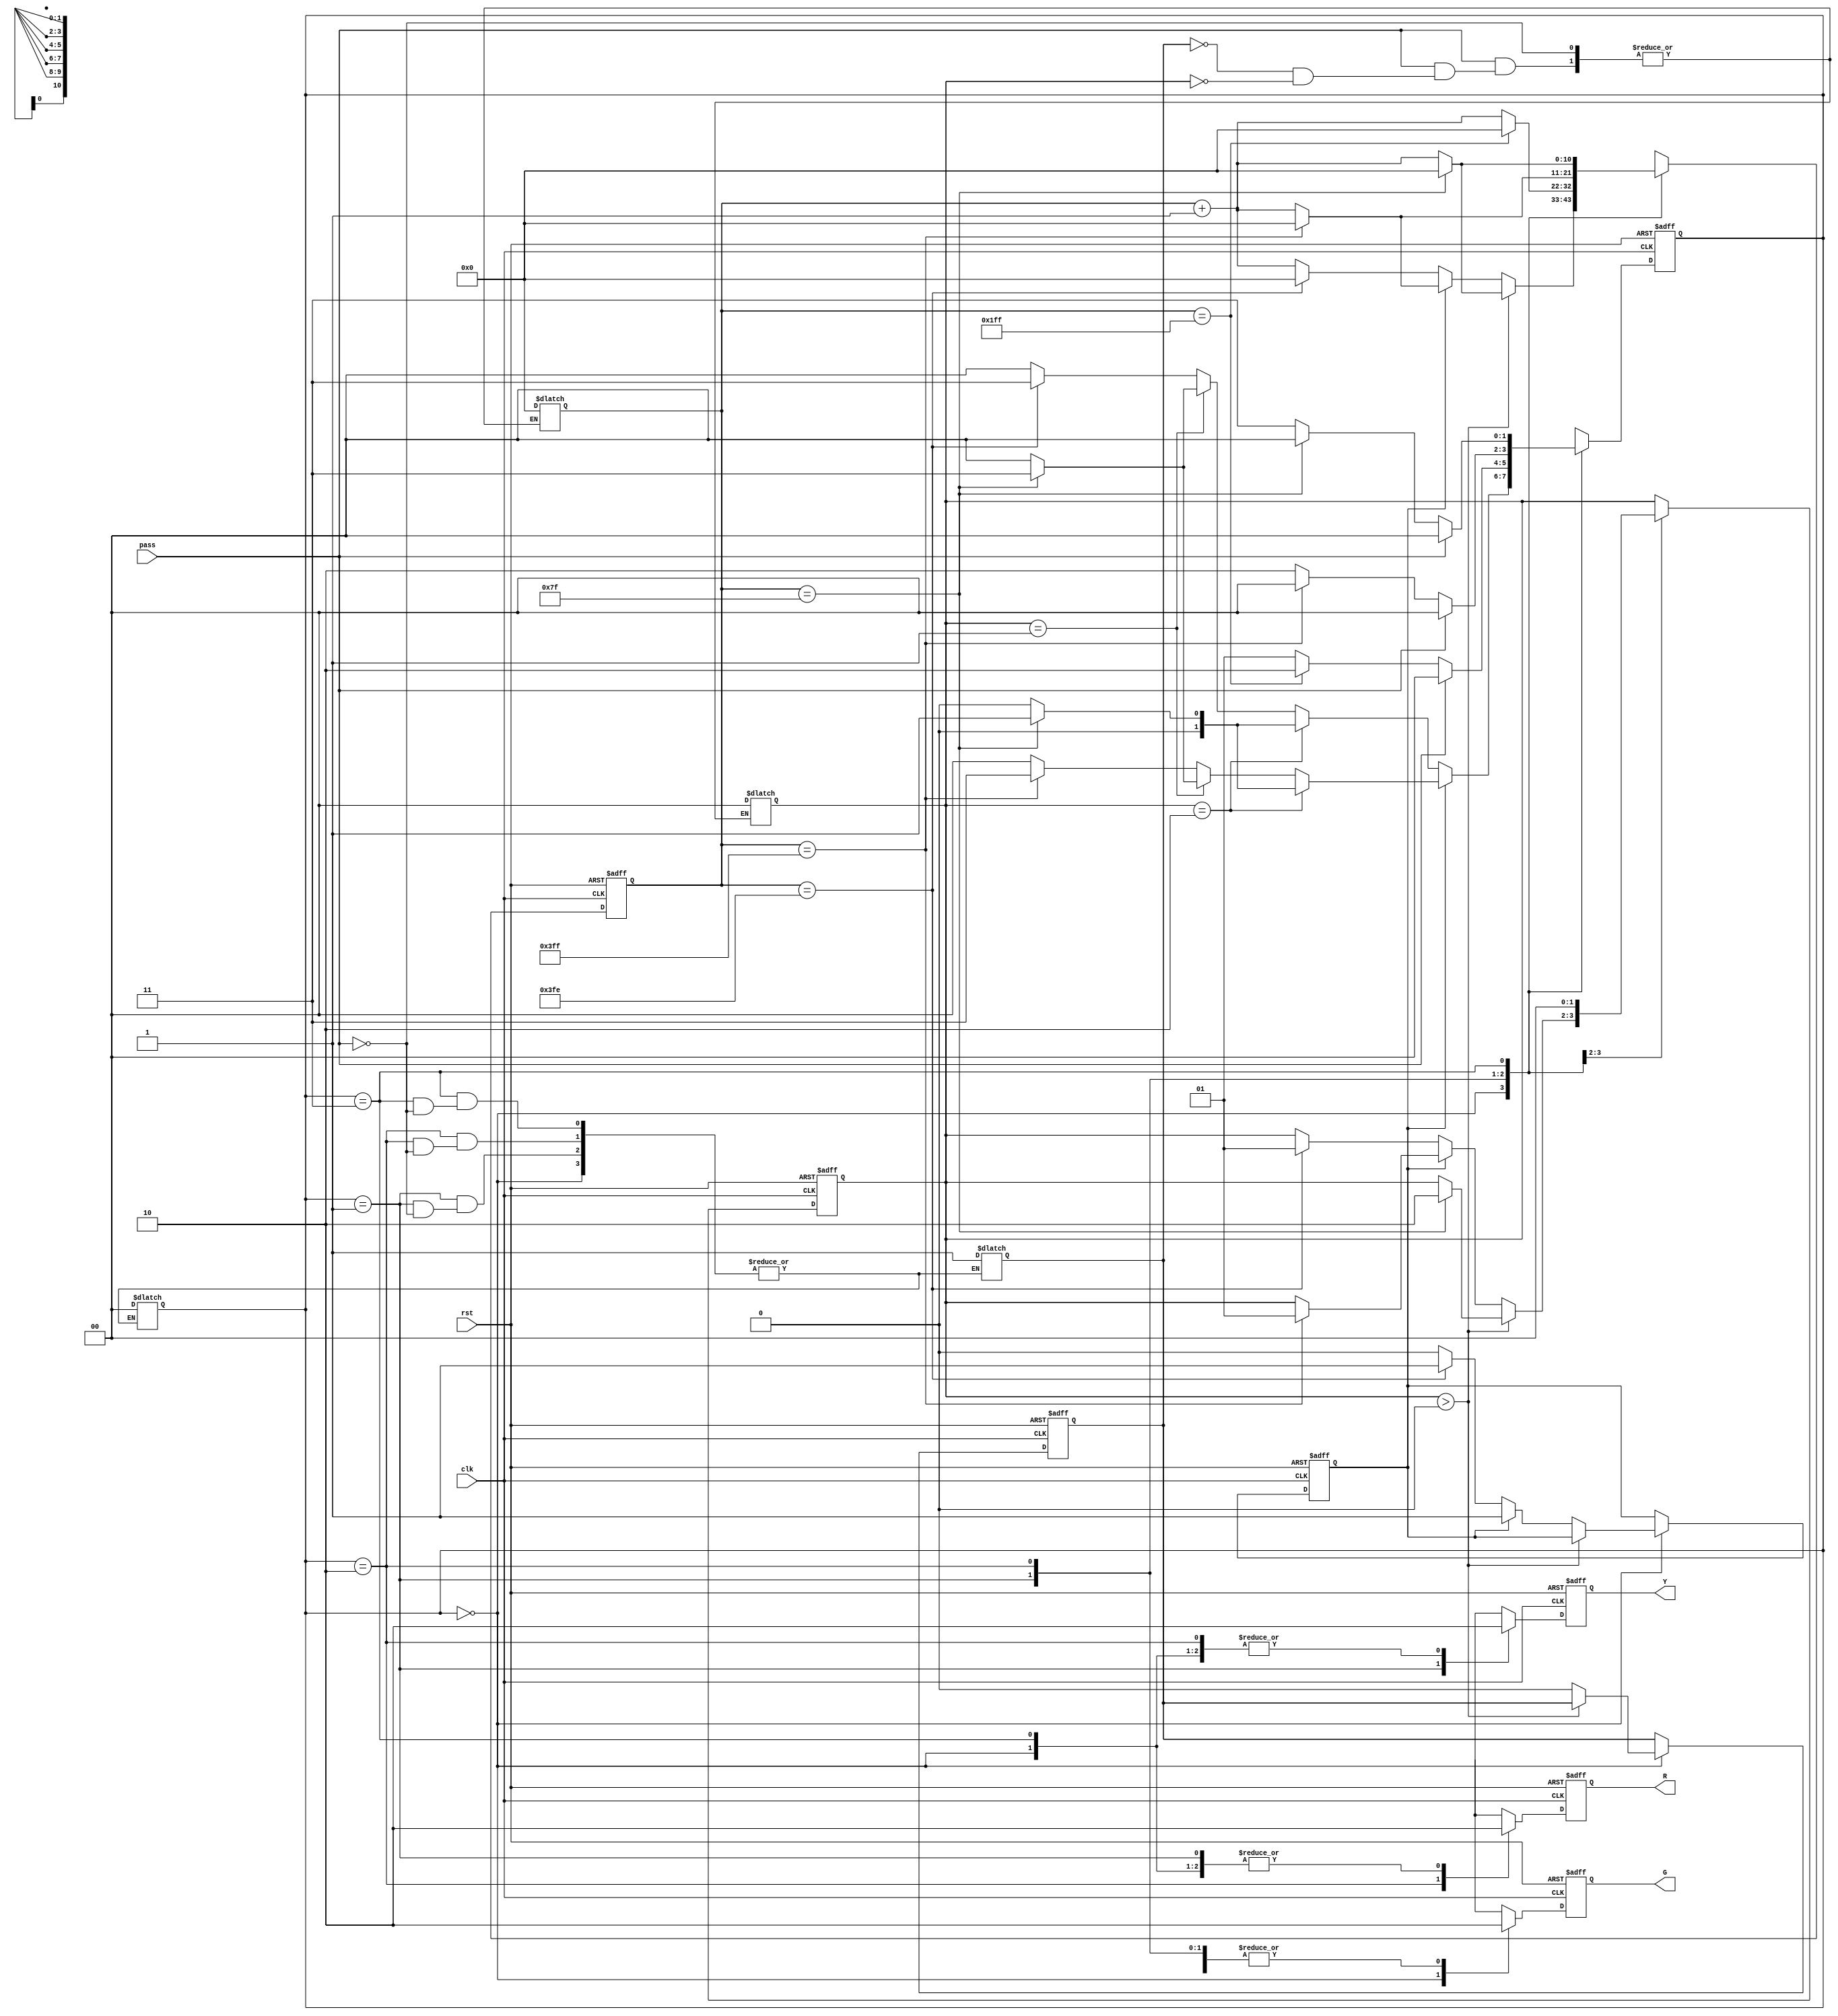
module traffic_light (
  input  clk,
  input  rst,
  input  pass,
  output reg R,
  output reg G,
  output reg Y
);

reg [10:0] counter; 

reg [1:0] cstate; 
reg [1:0] nstate; 

reg [1:0] check_green_type;
reg check_first_start_green; 
reg check_pass_state;

parameter GREEN = 0; 
parameter YELLOW = 1;
parameter RED = 2; 
parameter NONE = 3; 

always @(posedge clk or posedge rst) begin
  if(rst)
    cstate <= GREEN;
  else
    cstate <= nstate;
end

always @(posedge clk or posedge rst) begin
  if(rst)begin
    counter <= 0;
    R <= 0;
    G <= 1;
    Y <= 0;   
    check_green_type <= 0;
    check_first_start_green <= 0;
    check_pass_state <= 0;      
  end 
  else begin
    case(cstate)
      GREEN:begin
        R <= 0;
        G <= 1;
        Y <= 0;
        if(check_green_type > 0)begin
          if(counter == 127)begin
            counter <= 0;
            check_green_type <= 2;
          end
          else
            counter <= counter + 1;
        end    
        else begin
          if(check_first_start_green)begin
            check_pass_state <= 0; 
            if(counter == 1023)begin
              counter <= 0;
              check_green_type <= 1;  
            end
            else begin
              counter <= counter + 1;  
            end            
          end
          else begin
            check_pass_state <= 0;
            if(counter == 1022)begin
              counter <= 0;
              check_green_type <= 1;  
              check_first_start_green <= 1;
            end
            else
              counter <= counter + 1;                
          end                
        end          
      end
      YELLOW:begin
        check_green_type <= 0;
        R <= 0;
        G <= 0;
        Y <= 1;
        if(counter == 511)
          counter <= 0;
        else
          counter <= counter + 1;    
      end
      RED:begin
        R <= 1;
        G <= 0;
        Y <= 0;
        if(counter == 1023)
          counter <= 0;
        else
          counter <= counter + 1;           
      end    
      NONE:begin
        R <= 0;
        G <= 0;
        Y <= 0;
        if(counter == 127)begin
          counter <= 0;
        end
        else
          counter <= counter + 1;          
      end        
    endcase
  end
end

always @(*) begin
  case(cstate)
    GREEN:begin
      if(check_first_start_green)begin
        if(check_green_type == 2)
          if(counter == 127)
            nstate = YELLOW;
          else
            nstate = GREEN;
        else if(check_green_type == 1)
          if(counter == 127)
            nstate = NONE;
          else
            nstate = GREEN;
        else begin
          if(counter == 1023)
            nstate = NONE;
          else
            nstate = GREEN;            
        end        
      end
      else begin
        if(check_green_type == 2)
          if(counter == 127)
            nstate = YELLOW;
          else
            nstate = GREEN;
        else if(check_green_type == 1)
          if(counter == 127)
            nstate = NONE;
          else
            nstate = GREEN;
        else begin
          if(counter == 1022)
            nstate = NONE;
          else
            nstate = GREEN;            
        end            
      end
    end
    YELLOW:begin
      if(pass)begin
        cstate = GREEN;
        nstate = GREEN;
        check_pass_state = 1;    
      end
      else begin
        if(counter == 511)
          nstate = RED;
        else
          nstate = YELLOW;
      end
    end
    RED:begin          
      if(pass)begin
        cstate = GREEN;
        nstate = GREEN;
        check_pass_state = 1;                 
      end
      else begin
        if(counter == 1023)
          nstate = GREEN;
        else
          nstate = RED;          
      end        
    end
    NONE:begin
      if(pass)begin
        cstate = GREEN;
        nstate = GREEN;
        check_pass_state = 1;      
      end
      else begin
        if(counter == 127)
          nstate = GREEN;
        else
          nstate = NONE;
      end  
    end            
  endcase
end

always @(*) begin
  if(pass)begin
    if((check_pass_state == 0) && (check_green_type == 0))begin
        check_green_type = check_green_type;
        counter = counter;
    end
    else begin       
      check_green_type = 0;
      counter = 0;
    end
  end
  else begin
    check_green_type = check_green_type;
    counter = counter;    
  end
end

endmodule